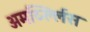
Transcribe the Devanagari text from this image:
अमर्य्ल्लिस